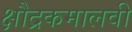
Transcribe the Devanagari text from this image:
क्षौद्रकमालवी